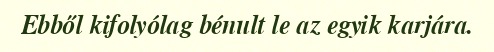
Ebből kifolyólag bénult le az egyik karjára.